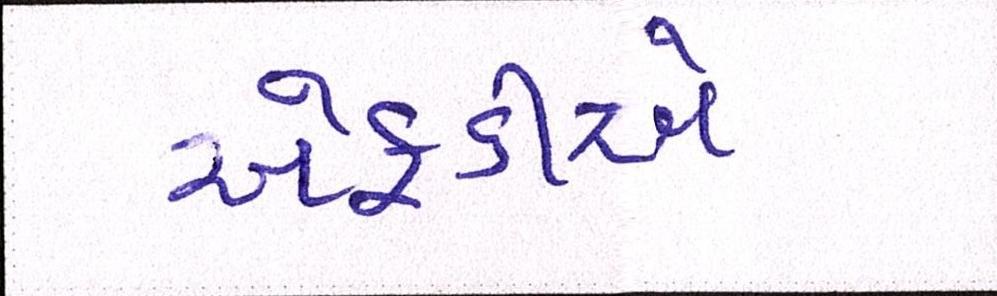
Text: એફડીએ